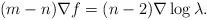
LaTeX: \begin{align*}( m-n )\nabla f= ( n-2 ) \nabla \log { \lambda} . \end{align*}